Document type: Sale
Year: 1461
Scribe: [Unknown]
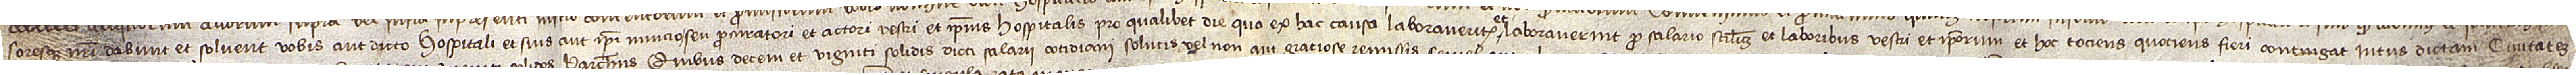
soresque nostri dabunt et solvent vobis aut dicto hospitali et suis aut ipsi nuncio seu procuratori et actori vestri et ipsius hospitalis, pro qualibet die qua ex hac causa laboraveritis et  laboraverint pro salario scilicet et laboribus vestri et ipsorum et hoc tociens quotiens fieri contingat intus dictam civitatem